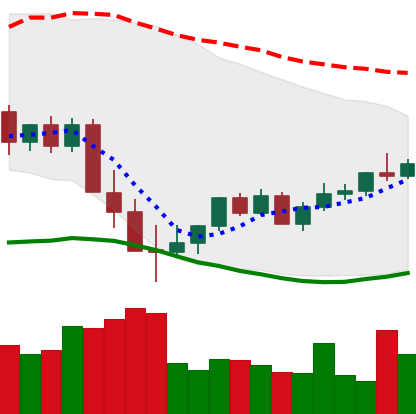
Ticker: XMR-USD
Chart end date: 2022-05-24
Forward return: -3.636%
Label: down_3_5